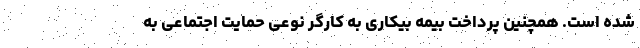
شده است. همچنین پرداخت بیمه بیکاری به کارگر نوعی حمایت اجتماعی به